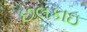
છલકાઇ